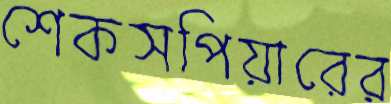
শেকসপিয়ারের